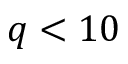
q < 1 0